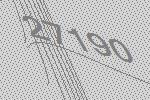
27190